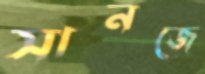
সানজে